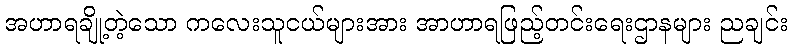
အဟာရချို့တဲ့သော ကလေးသူငယ်များအား အာဟာရဖြည့်တင်းရေးဌာနများ ညချင်း